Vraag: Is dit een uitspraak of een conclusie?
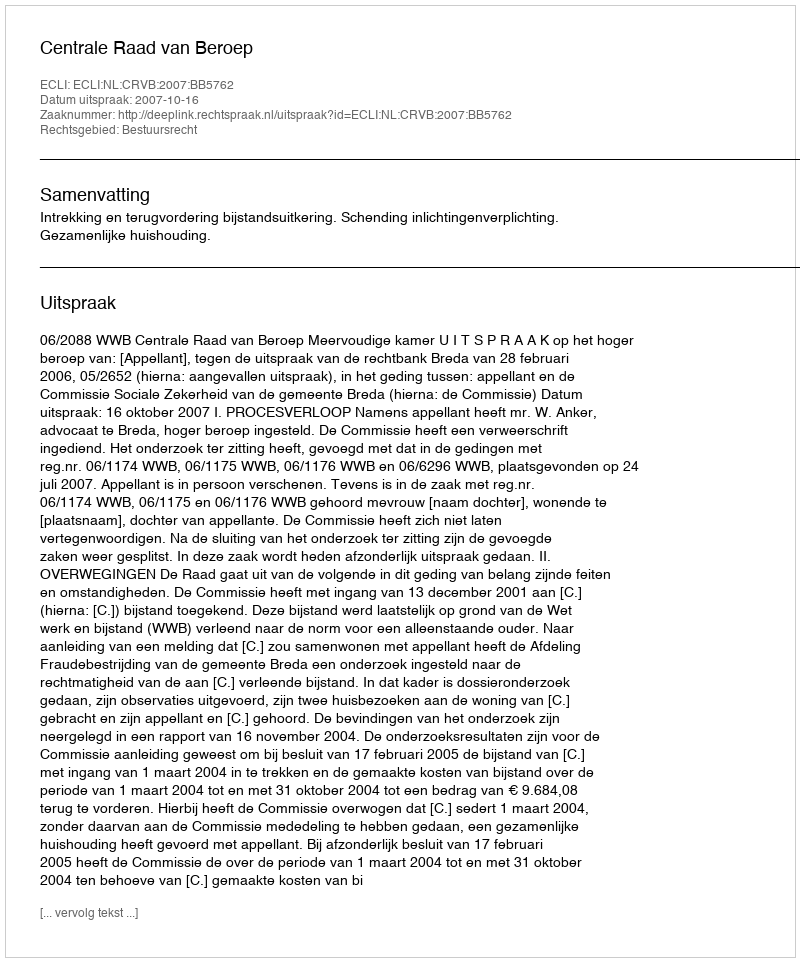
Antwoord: Uitspraak